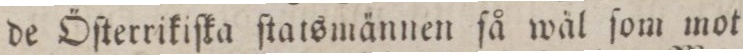
de Öſterrikiſka ſtatsmännen ſå wäl ſom mot